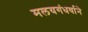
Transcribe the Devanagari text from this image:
मलयगंधर्वाने